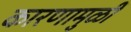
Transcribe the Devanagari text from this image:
कारणामुळीं